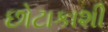
છોટાકાશી